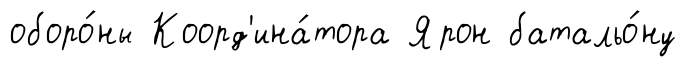
оборо́ны Коорд'ина́тора Ярон батальо́ну